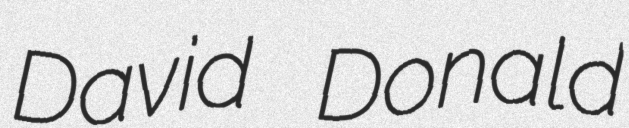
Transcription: David Donald